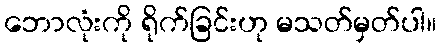
ဘောလုံးကို ရိုက်ခြင်းဟု မသတ်မှတ်ပါ။